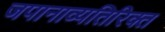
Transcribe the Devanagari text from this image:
जपानाव्यतिरिक्त